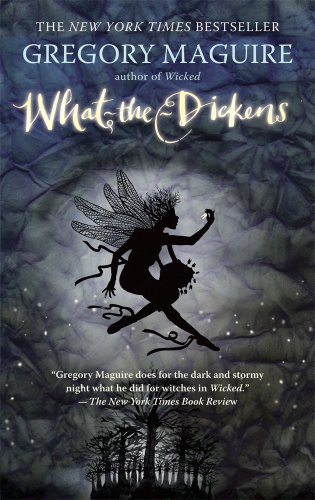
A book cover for What-the-Dickens: The Story of a Rogue Tooth Fairy; Gregory Maguire; Science Fiction & Fantasy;